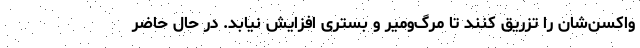
واکسن‌شان را تزریق کنند تا مرگ‌ومیر و بستری افزایش نیابد. در حال حاضر